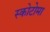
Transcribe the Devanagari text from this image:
स्कोटोमा